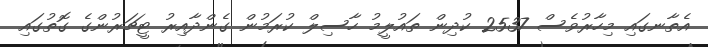
އެތާނގައި މިހާރުވެސް 2537 ކުދިން ތައުލީމު ހާސިލް ކުރަމުން ގެންދާއިރު ޓީޗަރުންގެ ގޮތުގައި